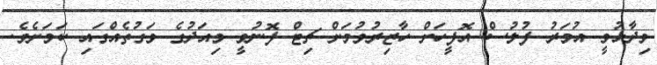
ވިދާޅުވީ އުމަރު ފުލުސް އޮފީހަށް ހާޒިރުވުމަށް ޗިޓް ފޮނުވީ މިއަދުގެ ވަގުތެއްގައި ކަމަށެވެ.